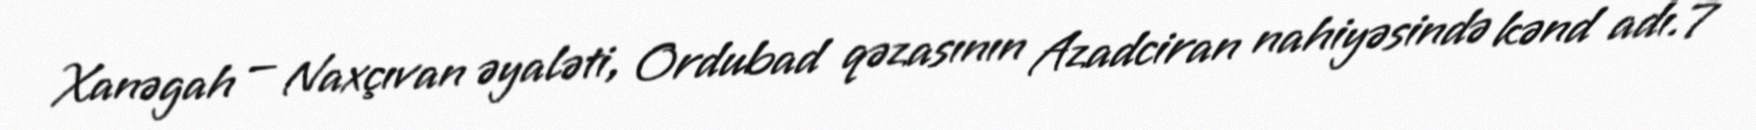
Xanəgah — Naxçıvan əyaləti, Ordubad qəzasının Azadciran nahiyəsində kənd adı.7